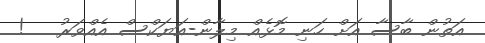
އަތުން ބާސާ އަށް ހަނި މޮޅެއް މިލާން-އަޔަކްސް އެއްވަރު   !